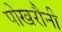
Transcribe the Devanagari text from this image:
पोखरौनी